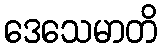
ဒေသေမာတိ